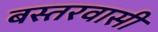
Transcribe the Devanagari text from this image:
बस्तरवासी